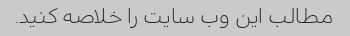
مطالب این وب سایت را خلاصه کنید.